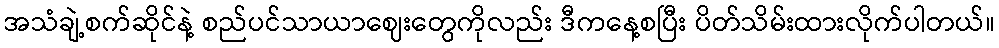
အသံချဲ့စက်ဆိုင်နဲ့ စည်ပင်သာယာဈေးတွေကိုလည်း ဒီကနေ့စပြီး ပိတ်သိမ်းထားလိုက်ပါတယ်။